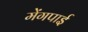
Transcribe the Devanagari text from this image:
मेंगपाई